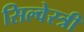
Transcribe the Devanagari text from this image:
सिल्वेस्त्री